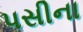
પસીના